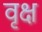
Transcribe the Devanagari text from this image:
वृक्ष